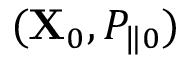
( { \bf X } _ { 0 } , P _ { \| 0 } )